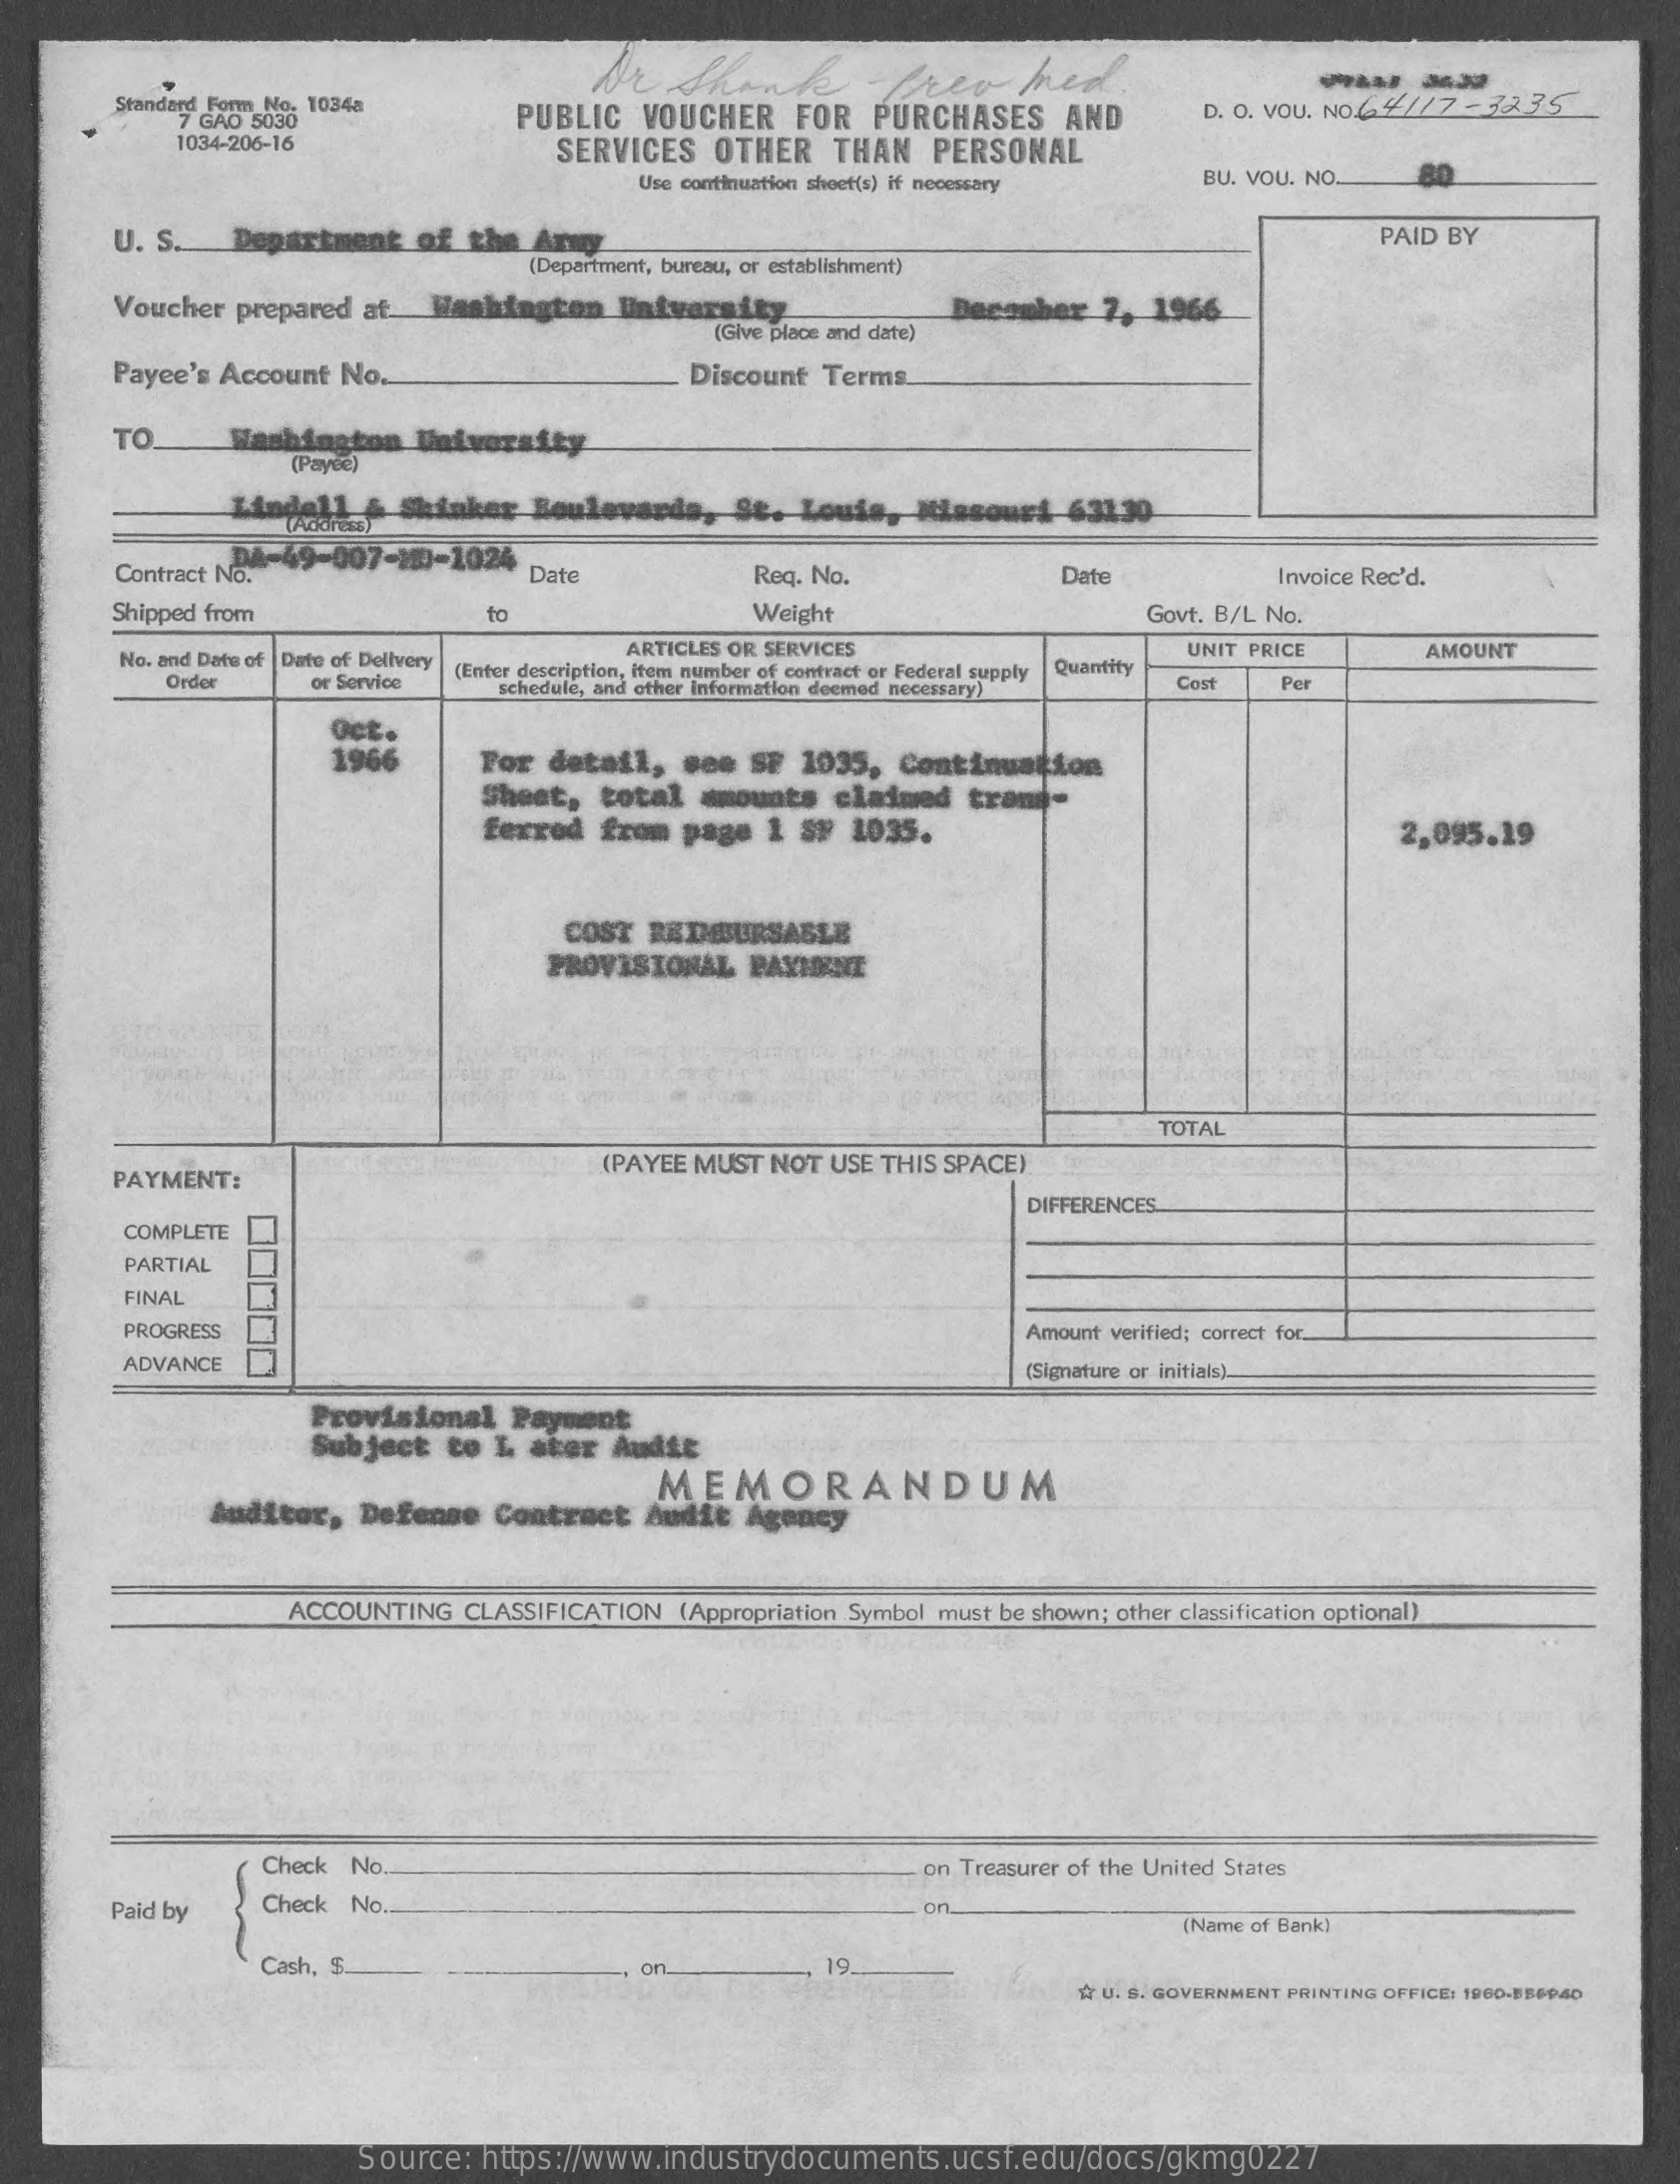
Dr   Shank    frev    med.    --
     Standard Form No. 1034a
     7 GAO 5030    PUBLIC   VOUCHER    FOR  PURCHASES    AND    D. O. VOU. NO.64//7 - 3335
     1034-206-16    SERVICES    OTHER    THAN   PERSONAL
     Use continuation sheet(s) if necessary   BU. VOU. NO.    80
     U. S.   Department    of the  Army    PAID BY
     (Department, bureau, or establishment)
     Voucher prepared  at.  Washington    University    December   7, 1966
     (Give place and date)
     Payee's Account  No.    Discount  Terms
     TO    Washington    University
     (Payée)
     Lindell   &  Skinker  Boulevards,    St. Louis,   Missouri-63130
     (Address)
     Contract No.
     DA-49-007-200-1024
     Date    Req. No.    Date    Invoice Rec'd.
     Shipped from    to    Weight    Govt. B/L No.
     No. and Date of Date of Delivery
     ARTICLES OR SERVICES    UNIT PRICE    AMOUNT
     Order    or Service
     (Enter description, item number of contract or Federal supply Quantity
     schedule, and other Information deemed necessary) Cost    Pc
     oct.
     1966    For  detail,   see SF  1035,  Continuation
     Sheet,  total   amounts   claimed   trang-
     ferrod  from  page   1 SF  1035.    2,095.19
     COST  REIMBURSABLE
     PROVISIONAL   PAYMENT
     TOTAL
     PAYMENT:
     (PAYEE MUST NOT  USE THIS SPACE)
     COMPLETE
     DIFFERENCES
     PARTIAL
     FINAL
     PROGRESS    Amount verified; correct for.
     ADVANCE    (Signature or initials).
     Provisional    Payment
     Subject   to L  ater  Audit
     MEMORANDUM
     Auditor,   Defense  Contract    Audit  Agency
     ACCOUNTING  CLASSIFICATION  (Appropriation Symbol must be shown; other classification optional)
     Check No.    on Treasurer of the United States
     Paid by    Check No.    on
     (Name of Bank)
     Cash, $.    on.    19
     Q U. S. GOVERNMENT PRINTING OFFICE: 1960-B56940
     Source:  https://www.industrydocuments.ucsf.edu/docs/gkmg0227